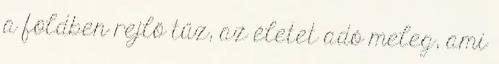
a földben rejlő tűz, az életet adó meleg, ami